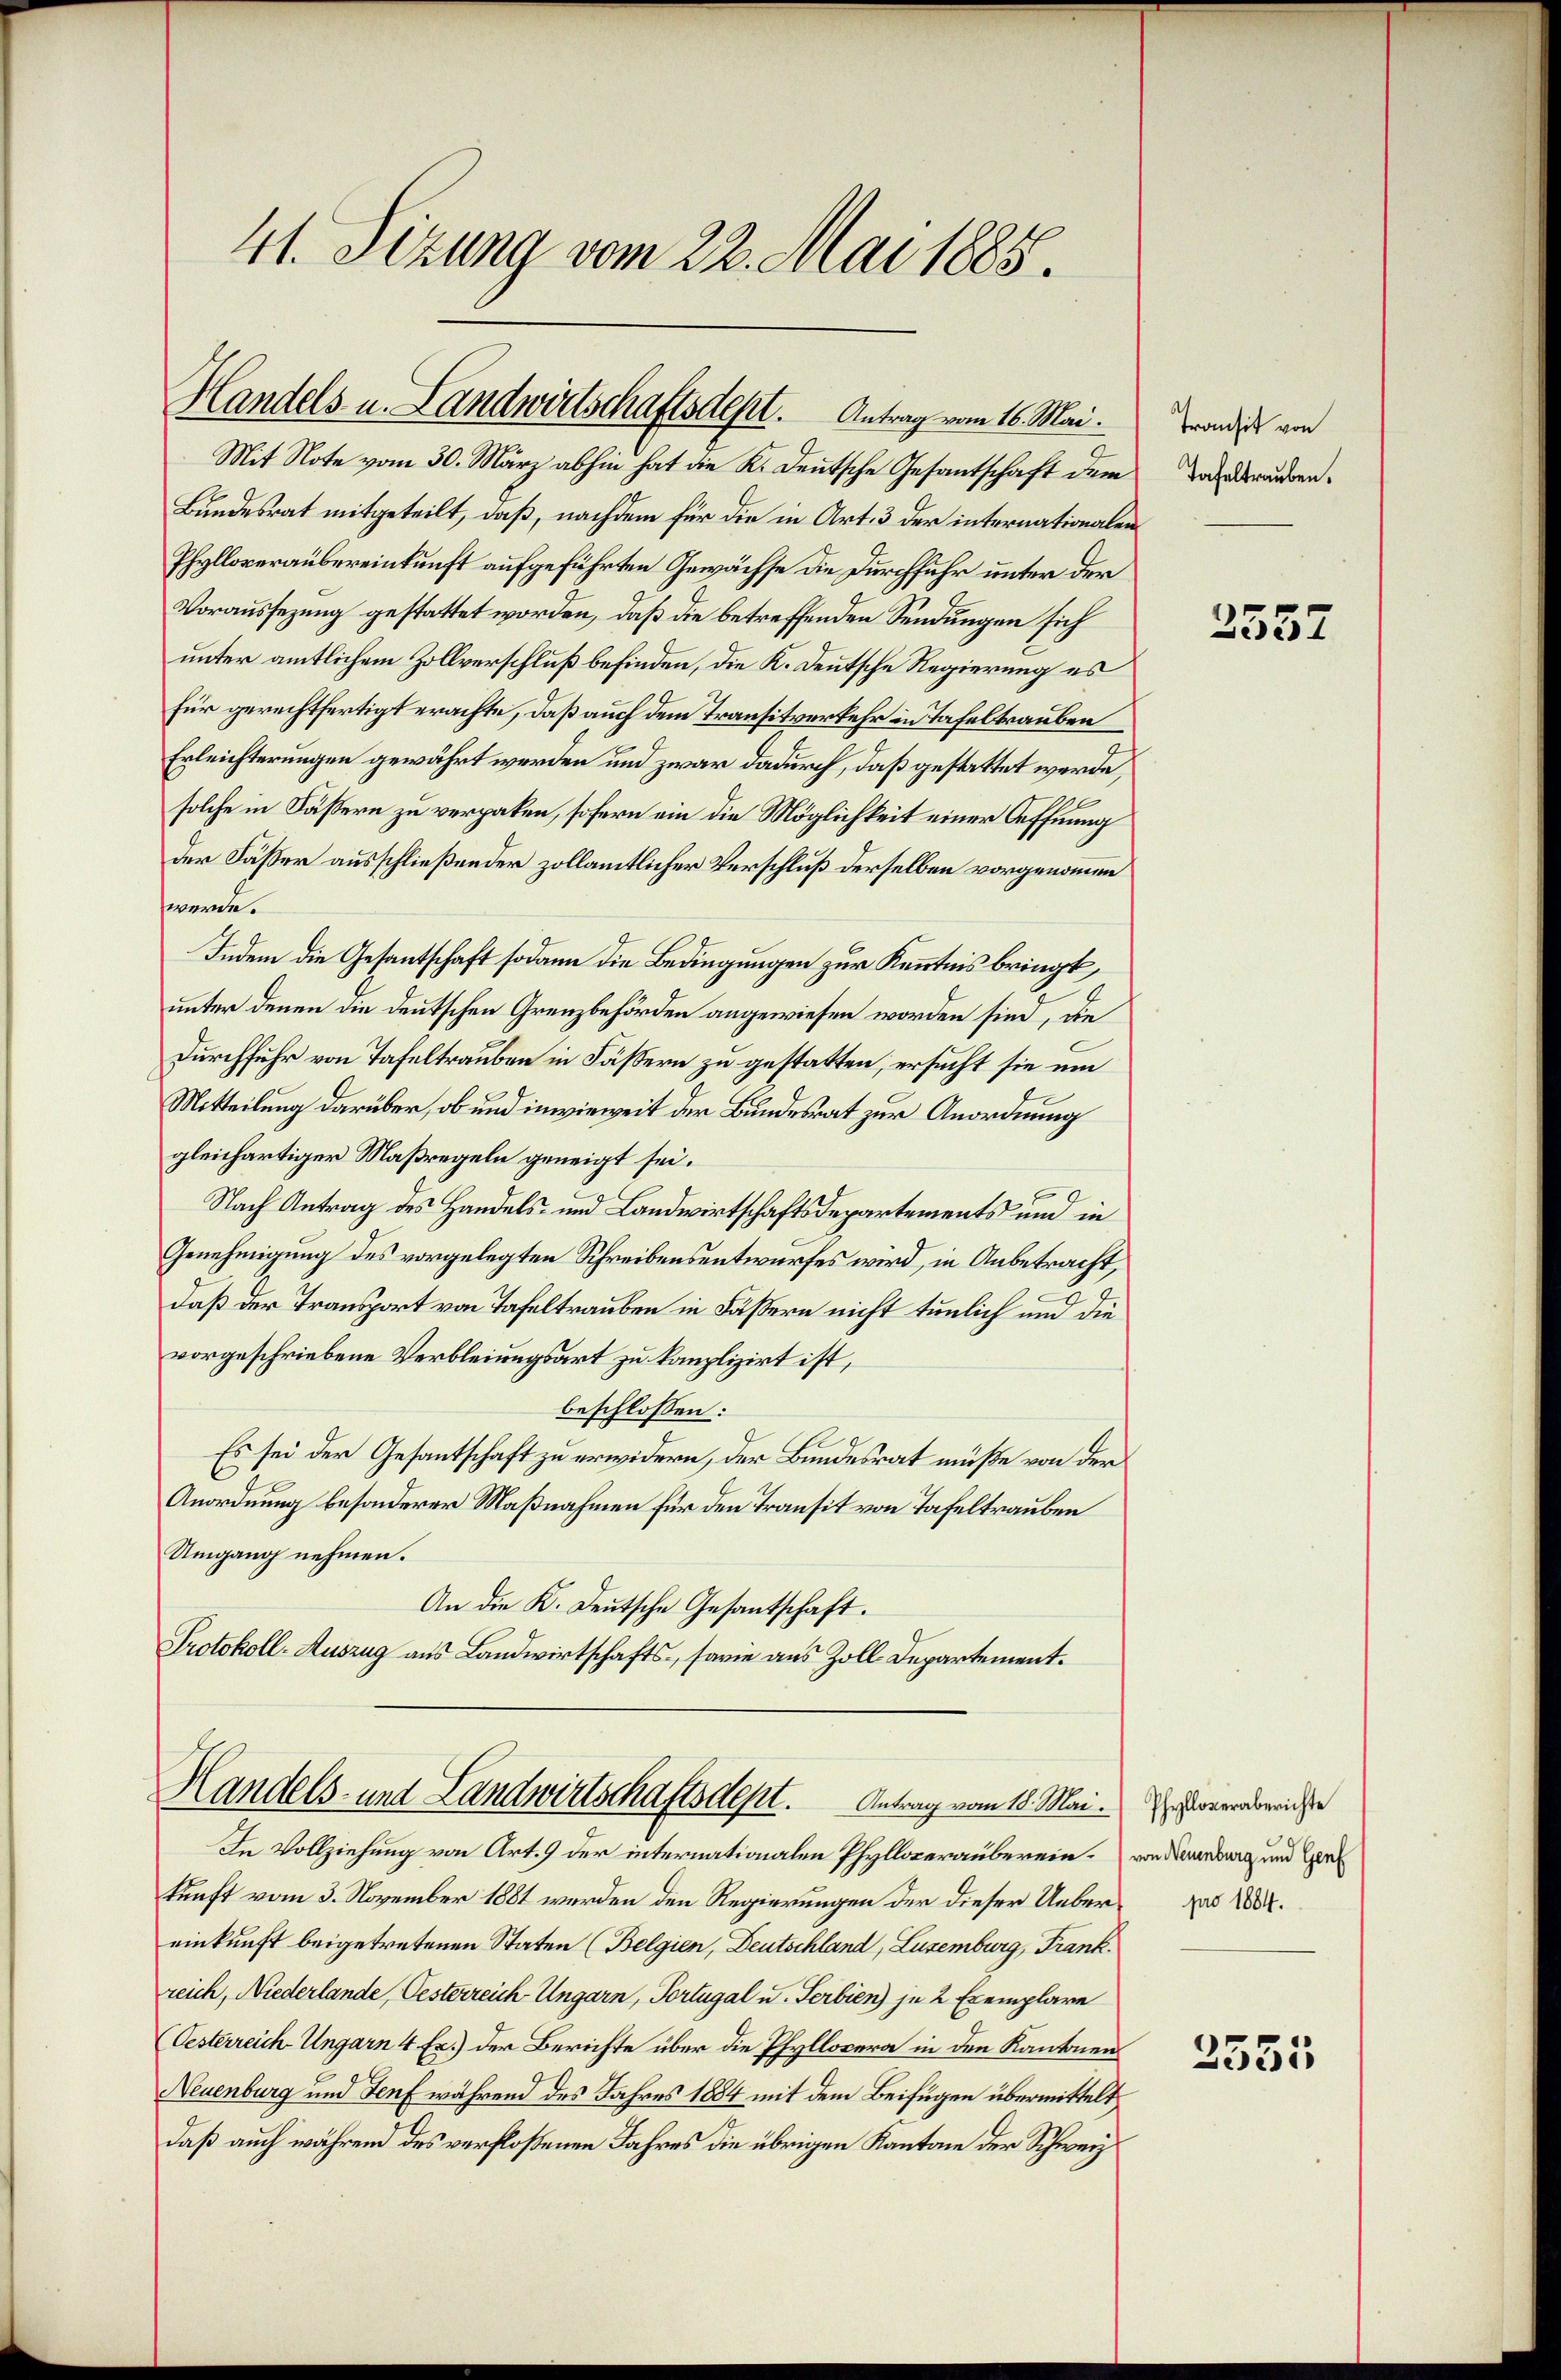
41. Sizung vom 22. Mai 1885.

Handels- u. Landwirtschaftsdest. Antrag vom 16. Mai.

Mit Note vom 30. März abhin hat die K. Deutsche Gesantschaft dem
Bundesrat mitgeteilt, daß, nachdem für die in Art. 3 der internationalen
Phylloveraubereinkunft aufgeführten Gewächse die Durchfuhr unter der
Voraussezung gestattet worden, daß die betreffenden Sendungen sich
unter amtlichem Zollverschluß befinden, die K. Deutsche Regierung es
für gerechtfertigt erachte, daß auch dem Transitverkehr in Tafeltrauben
Erleichterungen gewährt werden und zwar dadurch, daß gestattet werde,
solche in Fässern zu verpaken, sofern ein die Möglichkeit einer Oeffnung
der Fässer ausschließender zollamtlicher Verschluß derselben vorgenommen
werde.
Indem die Gesantschaft sodann die Bedingungen zur Kenntnis bringt,
unter denen die deutschen Grenzbehörden angewiesen worden sind, die
Durchfuhr von Tafeltrauben in Fäßern zu gestatten, ersucht sie um
Mitteilung darüber, ob und inwieweit der Bundesrat zur Anordnung
gleichartiger Maßregeln geneigt sei.
Nach Antrag des Handels- und Landwirtschaftsdepartements und in
Genehmigung des vorgelegten Schreibensentwurfes wird, in Anbetracht,
daß der Transport von Tafeltrauben in Fäßern nicht tunlich und die
vorgeschriebene Verbleiungsart zu komplizirt ist,
beschlossen:
Es sei der Gesantschaft zu erwidern, der Bundesrat müße von der
Anordnung besonderer Maßnahmen für den Transit von Tafeltrauben
Umgang nehmen.
An die K. Deutsche Gesantschaft.
Protokoll-Auszug aus Landwirtschafts-, sowie aus Zoll Departement.

Handels- und Landwirtschaftsdest. Antrag vom 18. Mai.

In Vollziehung von Art. 9 der internationalen Phyllowerauberein. von darung und e
kunft vom 3. November 1881 werden den Regierungen der dieser Uebereinkunft beigetretenen Staten (Belgien, Deutschland, Luzemburg, Frank.
reich, Niederlande, Oesterreich Ungarn, Portugal u. Serbien) je 2 Exemplare
Oesterreich-Ungarn 4 Ex.) der Berichte über die Phyllopera in den Kantonens
Neuenburg und Senf während des Jahres 1884 mit dem Beifügen übermittelt
daß auch während des verflossenen Jahres die übrigen Kantone der Schweiz

Transit von
Tafeltrauben.

2557

Phylloveraberichte
pro 1884.

2551